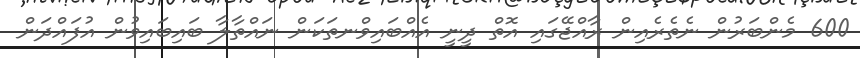
600 މެންބަރުން ނެތެރެއިން ރާއްޖޭގައި އޮތް ދީނީ އެއްބައިވްނތަކަން ނައްތާލާ ބައިބައިވުން އުފައްދަން